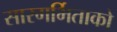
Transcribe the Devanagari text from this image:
सारगर्भिताको